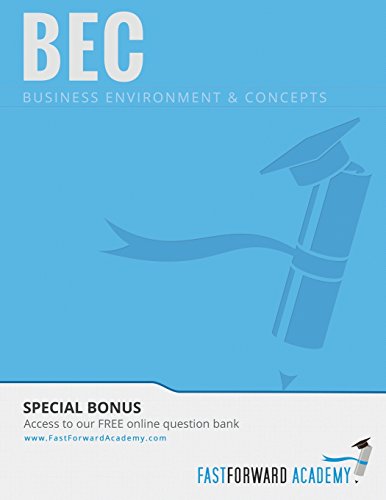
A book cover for CPA Exam Course, BEC 2014; Business & Money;